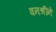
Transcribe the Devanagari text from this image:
वनश्रींने